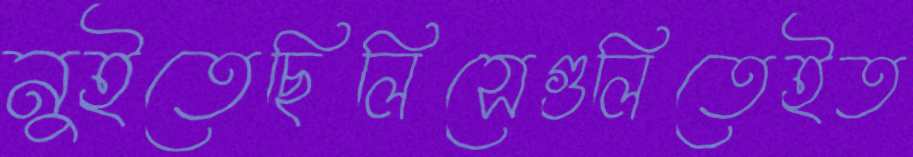
নুইতেছিলিসেগুলিতেইত